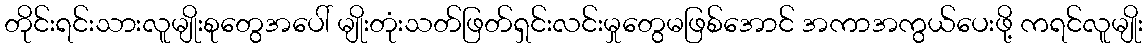
တိုင်းရင်းသားလူမျိုးစုတွေအပေါ် မျိုးတုံးသတ်ဖြတ်ရှင်းလင်းမှုတွေမဖြစ်အောင် အကာအကွယ်ပေးဖို့ ကရင်လူမျိုး